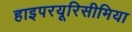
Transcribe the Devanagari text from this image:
हाइपरयूरिसीमिया